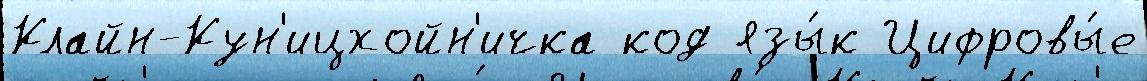
Клайн-Кун'ицхойн'ичка код язы́к Цифровы́е